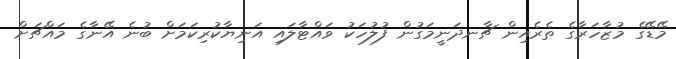
މޭޑޭގެ މުޒާހަރާގެ ތެރެއިން ޗާނދަނީމަގުން ފުލުހަކު ވައްޓާލައި އަނިޔާކުރިކަމަށް ބުނެ އޭނާގެ މައްޗަށް